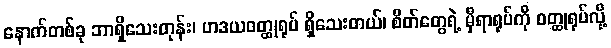
နောက်တစ်ခု ဘာရှိသေးတုန်း၊ ဟဒယဝတ္ထုရုပ် ရှိသေးတယ်၊ စိတ်တွေရဲ့ မှီရာရုပ်ကို ဝတ္ထုရုပ်လို့